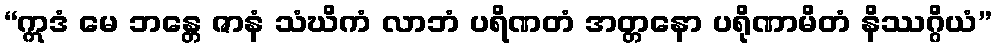
“ဣဒံ မေ ဘန္တေ ဇာနံ သံဃိကံ လာဘံ ပရိဏတံ အတ္တနော ပရိုဏာမိတံ နိဿဂ္ဂိယံ”